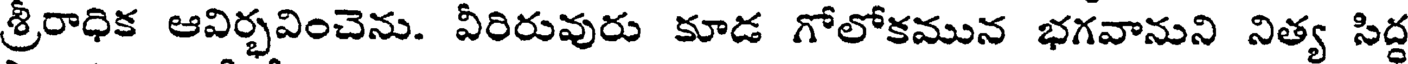
శ్రీరాధిక ఆవిర్భవించెను. వీరిరువురు కూడ గోలోకమున భగవానుని నిత్య సిద్ధ